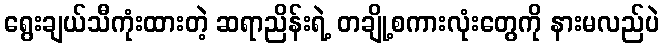
ရွေးချယ်သီကုံးထားတဲ့ ဆရာညိန်းရဲ့ တချို့စကားလုံးတွေကို နားမလည်ပဲ